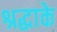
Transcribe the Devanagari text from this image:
श्रद्धाके